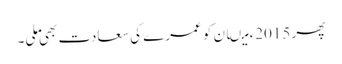
پھر 2015ء میںان کو عمرے کی سعادت بھی ملی۔